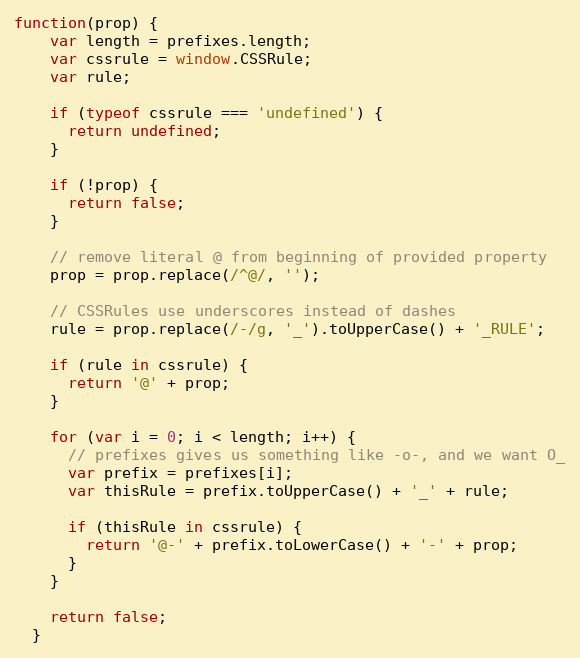
Language: JavaScript
function(prop) {
    var length = prefixes.length;
    var cssrule = window.CSSRule;
    var rule;

    if (typeof cssrule === 'undefined') {
      return undefined;
    }

    if (!prop) {
      return false;
    }

    // remove literal @ from beginning of provided property
    prop = prop.replace(/^@/, '');

    // CSSRules use underscores instead of dashes
    rule = prop.replace(/-/g, '_').toUpperCase() + '_RULE';

    if (rule in cssrule) {
      return '@' + prop;
    }

    for (var i = 0; i < length; i++) {
      // prefixes gives us something like -o-, and we want O_
      var prefix = prefixes[i];
      var thisRule = prefix.toUpperCase() + '_' + rule;

      if (thisRule in cssrule) {
        return '@-' + prefix.toLowerCase() + '-' + prop;
      }
    }

    return false;
  }